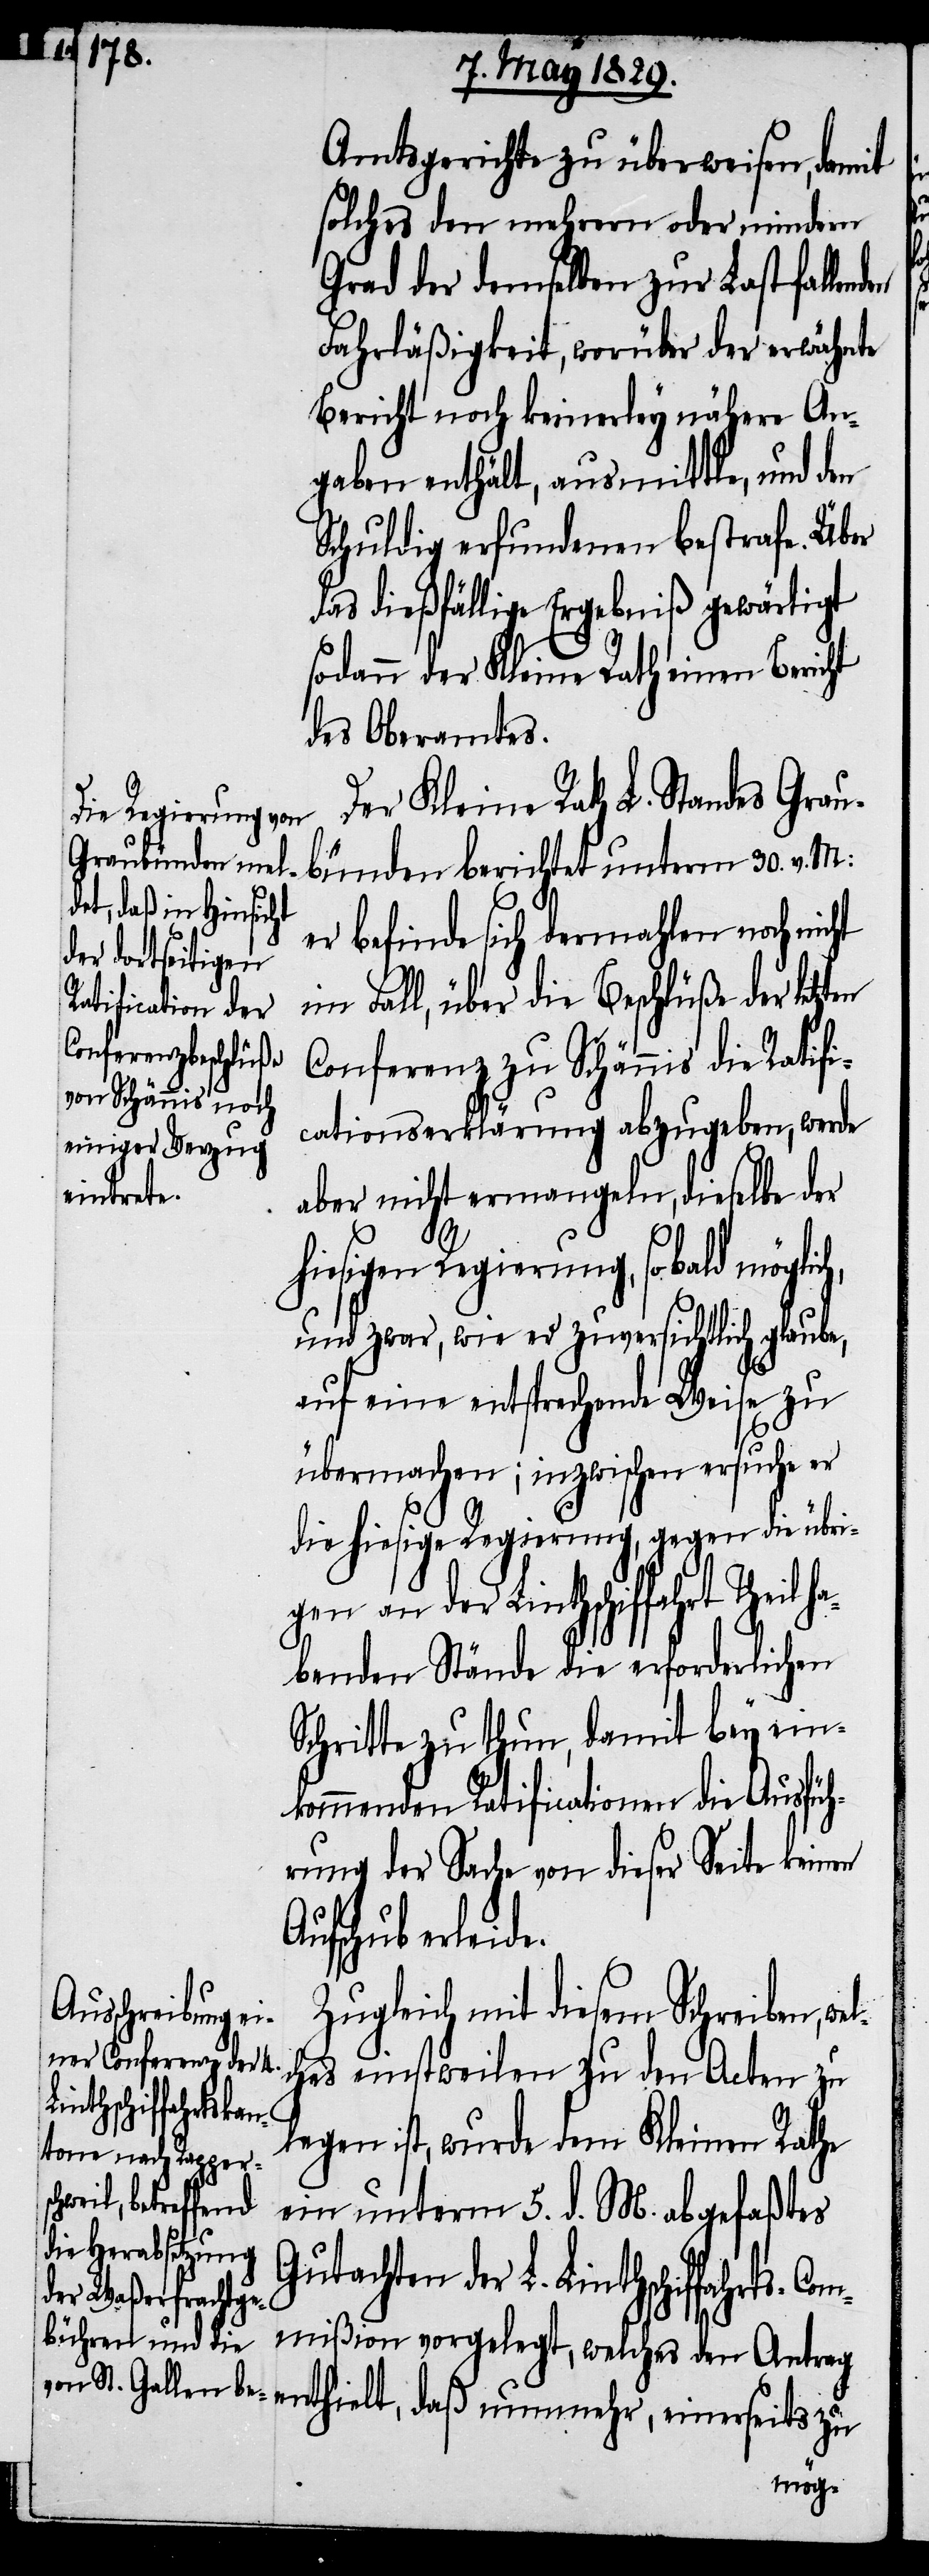
its

Amtsgerichte zu überweisen, damit
solches den mehrern oder mindern
Grad der demselben zur Last fallen¬
Fahrläßigkeit, worüber der erwähnte
Bericht noch keinerley nähere An¬
gaben enthält, ausmittle, und den
Schuldig erfundenen bestrafe. Über
das dießfällige Ergebniß gewärtigt
sodann der Kleine Rath einen Bericht
des Oberamtes.
Der Kleine Rath L. Standes Grau¬
bünden berichtet unterm 30. v. M:
er befinde sich dermahlen noch nicht
im Fall, über die Beschlüße der letzten
Conferenz zu Schännis die Ratifi¬
cationserklärung abzugeben, werde
einerse¬
aber nicht ermangeln, dieselbe der
hiesigen Regierung sobald möglic¬
und zwar, wie er zuversichtlich glaube,
auf eine entsprechende Weise zu
übermache; inzwischen ersuche er
die hiesige Regierung, gegen die übri¬
gen an der Linthschiffahrt
habenden Stände die erforderlichen
Schritte zu thun, damit die
rung der Sache von dieser Seite keinen
Aufschub erleide.
Zugleich mit diesem Schreiben,
ches einstweilen zu den Acten zu
legen ist, wurde dem Kleinen Rathe
ein unterm 5. d. M. abgefaßtes
Gutachten der L. Linthschiffahrts-Com¬
mißion vorgelegt, welches den Antrag